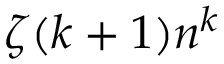
\zeta ( k + 1 ) n ^ { k }